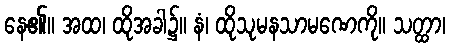
နေ၏။ အထ၊ ထိုအခါ၌။ နံ၊ ထိုသုမနသာမဏေကို။ သတ္ထာ၊